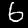
Label: 6